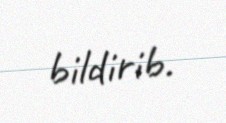
bildirib.